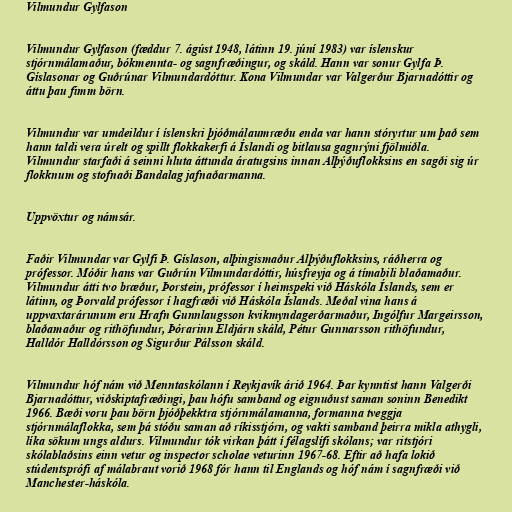
Vilmundur Gylfason

Vilmundur Gylfason (fæddur 7. ágúst 1948, látinn 19. júní 1983) var íslenskur
stjórnmálamaður, bókmennta- og sagnfræðingur, og skáld. Hann var sonur Gylfa Þ.
Gíslasonar og Guðrúnar Vilmundardóttur. Kona Vilmundar var Valgerður Bjarnadóttir og
áttu þau fimm börn.

Vilmundur var umdeildur í íslenskri þjóðmálaumræðu enda var hann stóryrtur um það sem
hann taldi vera úrelt og spillt flokkakerfi á Íslandi og bitlausa gagnrýni fjölmiðla.
Vilmundur starfaði á seinni hluta áttunda áratugsins innan Alþýðuflokksins en sagði sig úr
flokknum og stofnaði Bandalag jafnaðarmanna.

Uppvöxtur og námsár.

Faðir Vilmundar var Gylfi Þ. Gíslason, alþingismaður Alþýðuflokksins, ráðherra og
prófessor. Móðir hans var Guðrún Vilmundardóttir, húsfreyja og á tímabili blaðamaður.
Vilmundur átti tvo bræður, Þorstein, prófessor í heimspeki við Háskóla Íslands, sem er
látinn, og Þorvald prófessor í hagfræði við Háskóla Íslands. Meðal vina hans á
uppvaxtarárunum eru Hrafn Gunnlaugsson kvikmyndagerðarmaður, Ingólfur Margeirsson,
blaðamaður og rithöfundur, Þórarinn Eldjárn skáld, Pétur Gunnarsson rithöfundur,
Halldór Halldórsson og Sigurður Pálsson skáld.

Vilmundur hóf nám við Menntaskólann í Reykjavík árið 1964. Þar kynntist hann Valgerði
Bjarnadóttur, viðskiptafræðingi, þau hófu samband og eignuðust saman soninn Benedikt
1966. Bæði voru þau börn þjóðþekktra stjórnmálamanna, formanna tveggja
stjórnmálaflokka, sem þá stóðu saman að ríkisstjórn, og vakti samband þeirra mikla athygli,
líka sökum ungs aldurs. Vilmundur tók virkan þátt í félagslífi skólans; var ritstjóri
skólablaðsins einn vetur og inspector scholae veturinn 1967-68. Eftir að hafa lokið
stúdentsprófi af málabraut vorið 1968 fór hann til Englands og hóf nám í sagnfræði við
Manchester-háskóla.